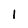
Character: 1